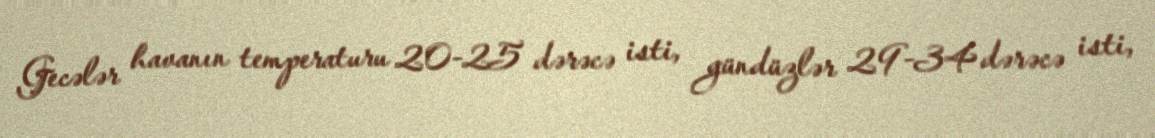
Gecələr havanın temperaturu 20-25 dərəcə isti, gündüzlər 29-34 dərəcə isti,